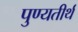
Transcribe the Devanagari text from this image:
पुण्यतीर्थ